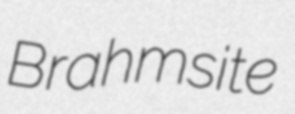
Brahmsite